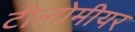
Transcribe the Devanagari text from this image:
टीलोमीयर